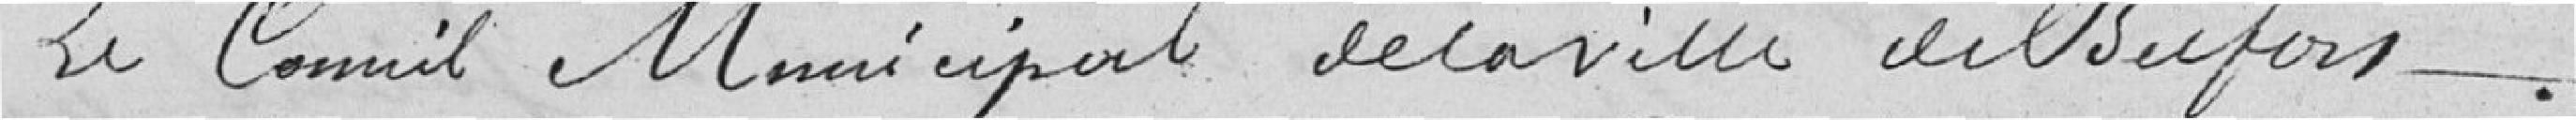
Le Conseil Municipal de la Ville de Belfort